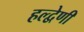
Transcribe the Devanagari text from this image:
हल्द्वेणी